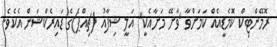
ރޮމޭންޓިކް ކޮމެޑީއެއް ކަމަށްވާ 'ވާށޭ މަށާއެކީ" އަލީ ޝިފާއު (ޗިއްޕެ)ގެ ޑައިރެކްޝަން އެކެވެ.